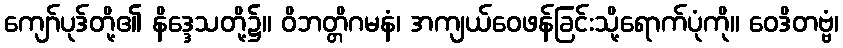
ကျော်ပုဒ်တို့၏ နိဒ္ဒေသတို့၌။ ဝိဘတ္တိဂမနံ၊ အကျယ်ဝေဖန်ခြင်းသို့ရောက်ပုံကို။ ဝေဒိတဗ္ဗံ၊